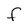
Character: F